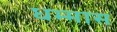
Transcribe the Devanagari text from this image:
धम्मास